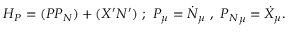
{ \cal H _ { P } } = ( P P _ { N } ) + ( X ^ { \prime } N ^ { \prime } ) ~ ; ~ P _ { \mu } = \dot { N } _ { \mu } ~ , ~ { P _ { N } } _ { \mu } = \dot { X } _ { \mu } .